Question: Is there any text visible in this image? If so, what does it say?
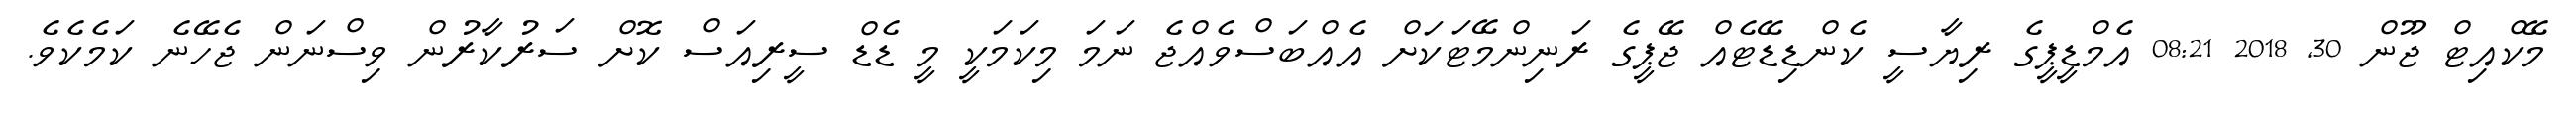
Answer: މޭކްއިޓް ޖޫން 30, 2018 08:21 އެމްޑީޕީގެ ރިޔާސީ ކެންޑިޑޭޓެއް ޖޭޕީގެ ރަނިންމޭޓަކަށް އެއްބަސްވެއްޖެ ނަމަ މިކަމަކީ މީ ޑެޑް ސީރިއަސް ކޮށް ސަރުކާރުން ވިސްނަން ޖެހޭނެ ކަމެކެވެ.